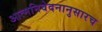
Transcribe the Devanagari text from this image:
आत्मनिवेदनानुसारच